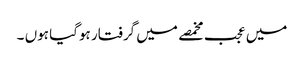
میں عجب مخمصے میں گرفتار ہوگیا ہوں ۔